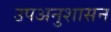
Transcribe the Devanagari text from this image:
उपअनुशासन